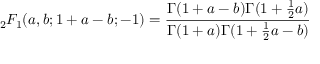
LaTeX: { } _ { 2 } F _ { 1 } ( a , b ; 1 + a - b ; - 1 ) = { \frac { \Gamma ( 1 + a - b ) \Gamma ( 1 + { \frac { 1 } { 2 } } a ) } { \Gamma ( 1 + a ) \Gamma ( 1 + { \frac { 1 } { 2 } } a - b ) } }